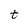
Character: t